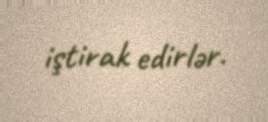
iştirak edirlər.